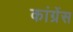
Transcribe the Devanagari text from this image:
कांग्रेंस